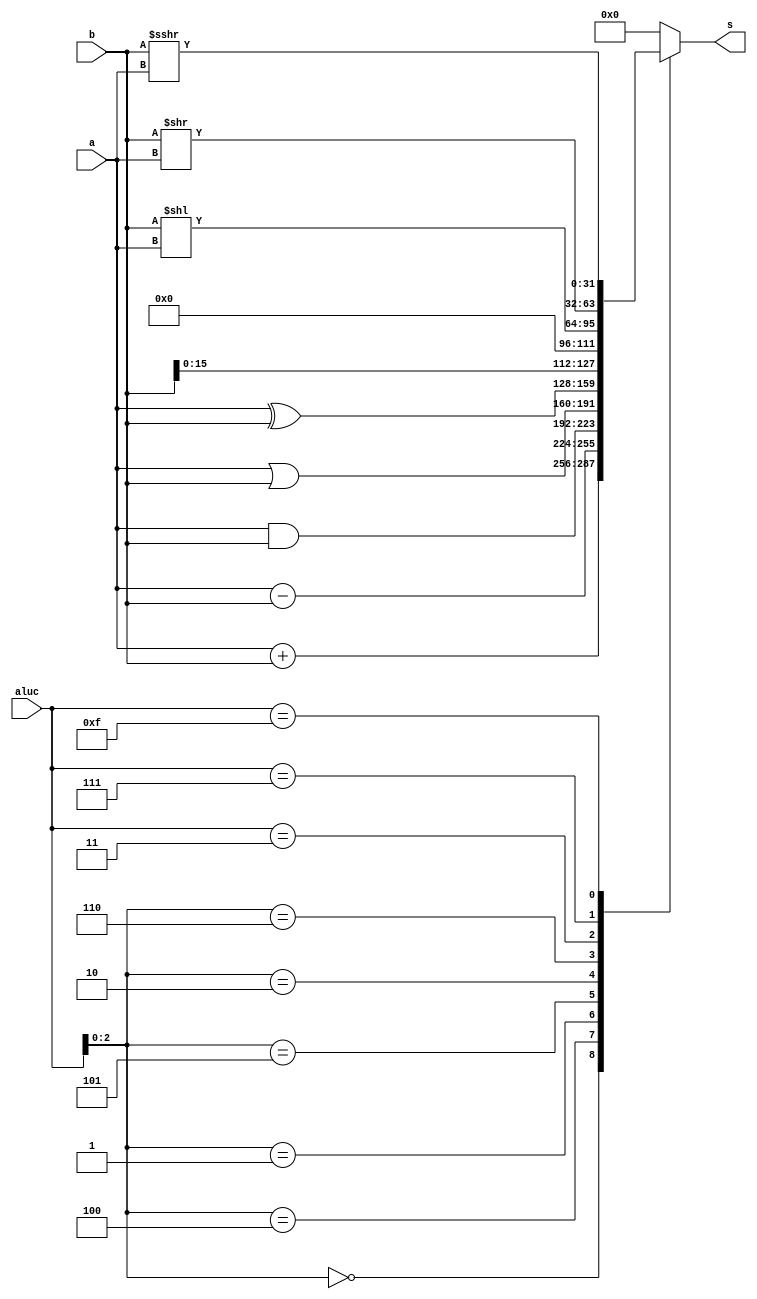
module alu(a, b, aluc, s);
	input      [31:0] a, b;
	input      [3:0]  aluc;
	output reg [31:0] s;

	always @(*)
		casex (aluc)
			4'bx000: s = a + b; //x000 ADD
			4'bx100: s = a - b; //x100 SUB
			4'bx001: s = a & b; //x001 AND
			4'bx101: s = a | b; //x101 OR
			4'bx010: s = a ^ b; //x010 XOR
			4'bx110: s = b << 16; //x110 LUI: imm << 16bit
			4'b0011: s = b << a; //0011 SLL: rd <- (rt << sa)
			4'b0111: s = b >> a; //0111 SRL: rd <- (rt >> sa) (logical)
			4'b1111: s = $signed(b) >>> a; //1111 SRA: rd <- (rt >> sa) (arithmetic)
			default: s = 0;
		endcase
endmodule